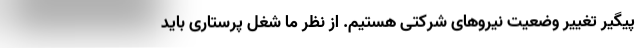
پیگیر تغییر وضعیت نیروهای شرکتی هستیم. از نظر ما شغل پرستاری باید